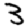
Digit: 3